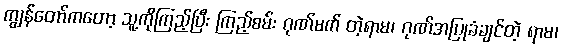
ကျွန်တော်ကတော့ သူ့ကိုကြည့်ပြီး ကြည့်စမ်း ဂုဏ်မက် တဲ့ရာမ၊ ဂုဏ်အပြုခံချင်တဲ့ ရာမ၊